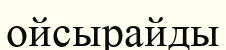
ойсырайды